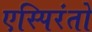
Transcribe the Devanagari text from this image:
एस्पिरंतो